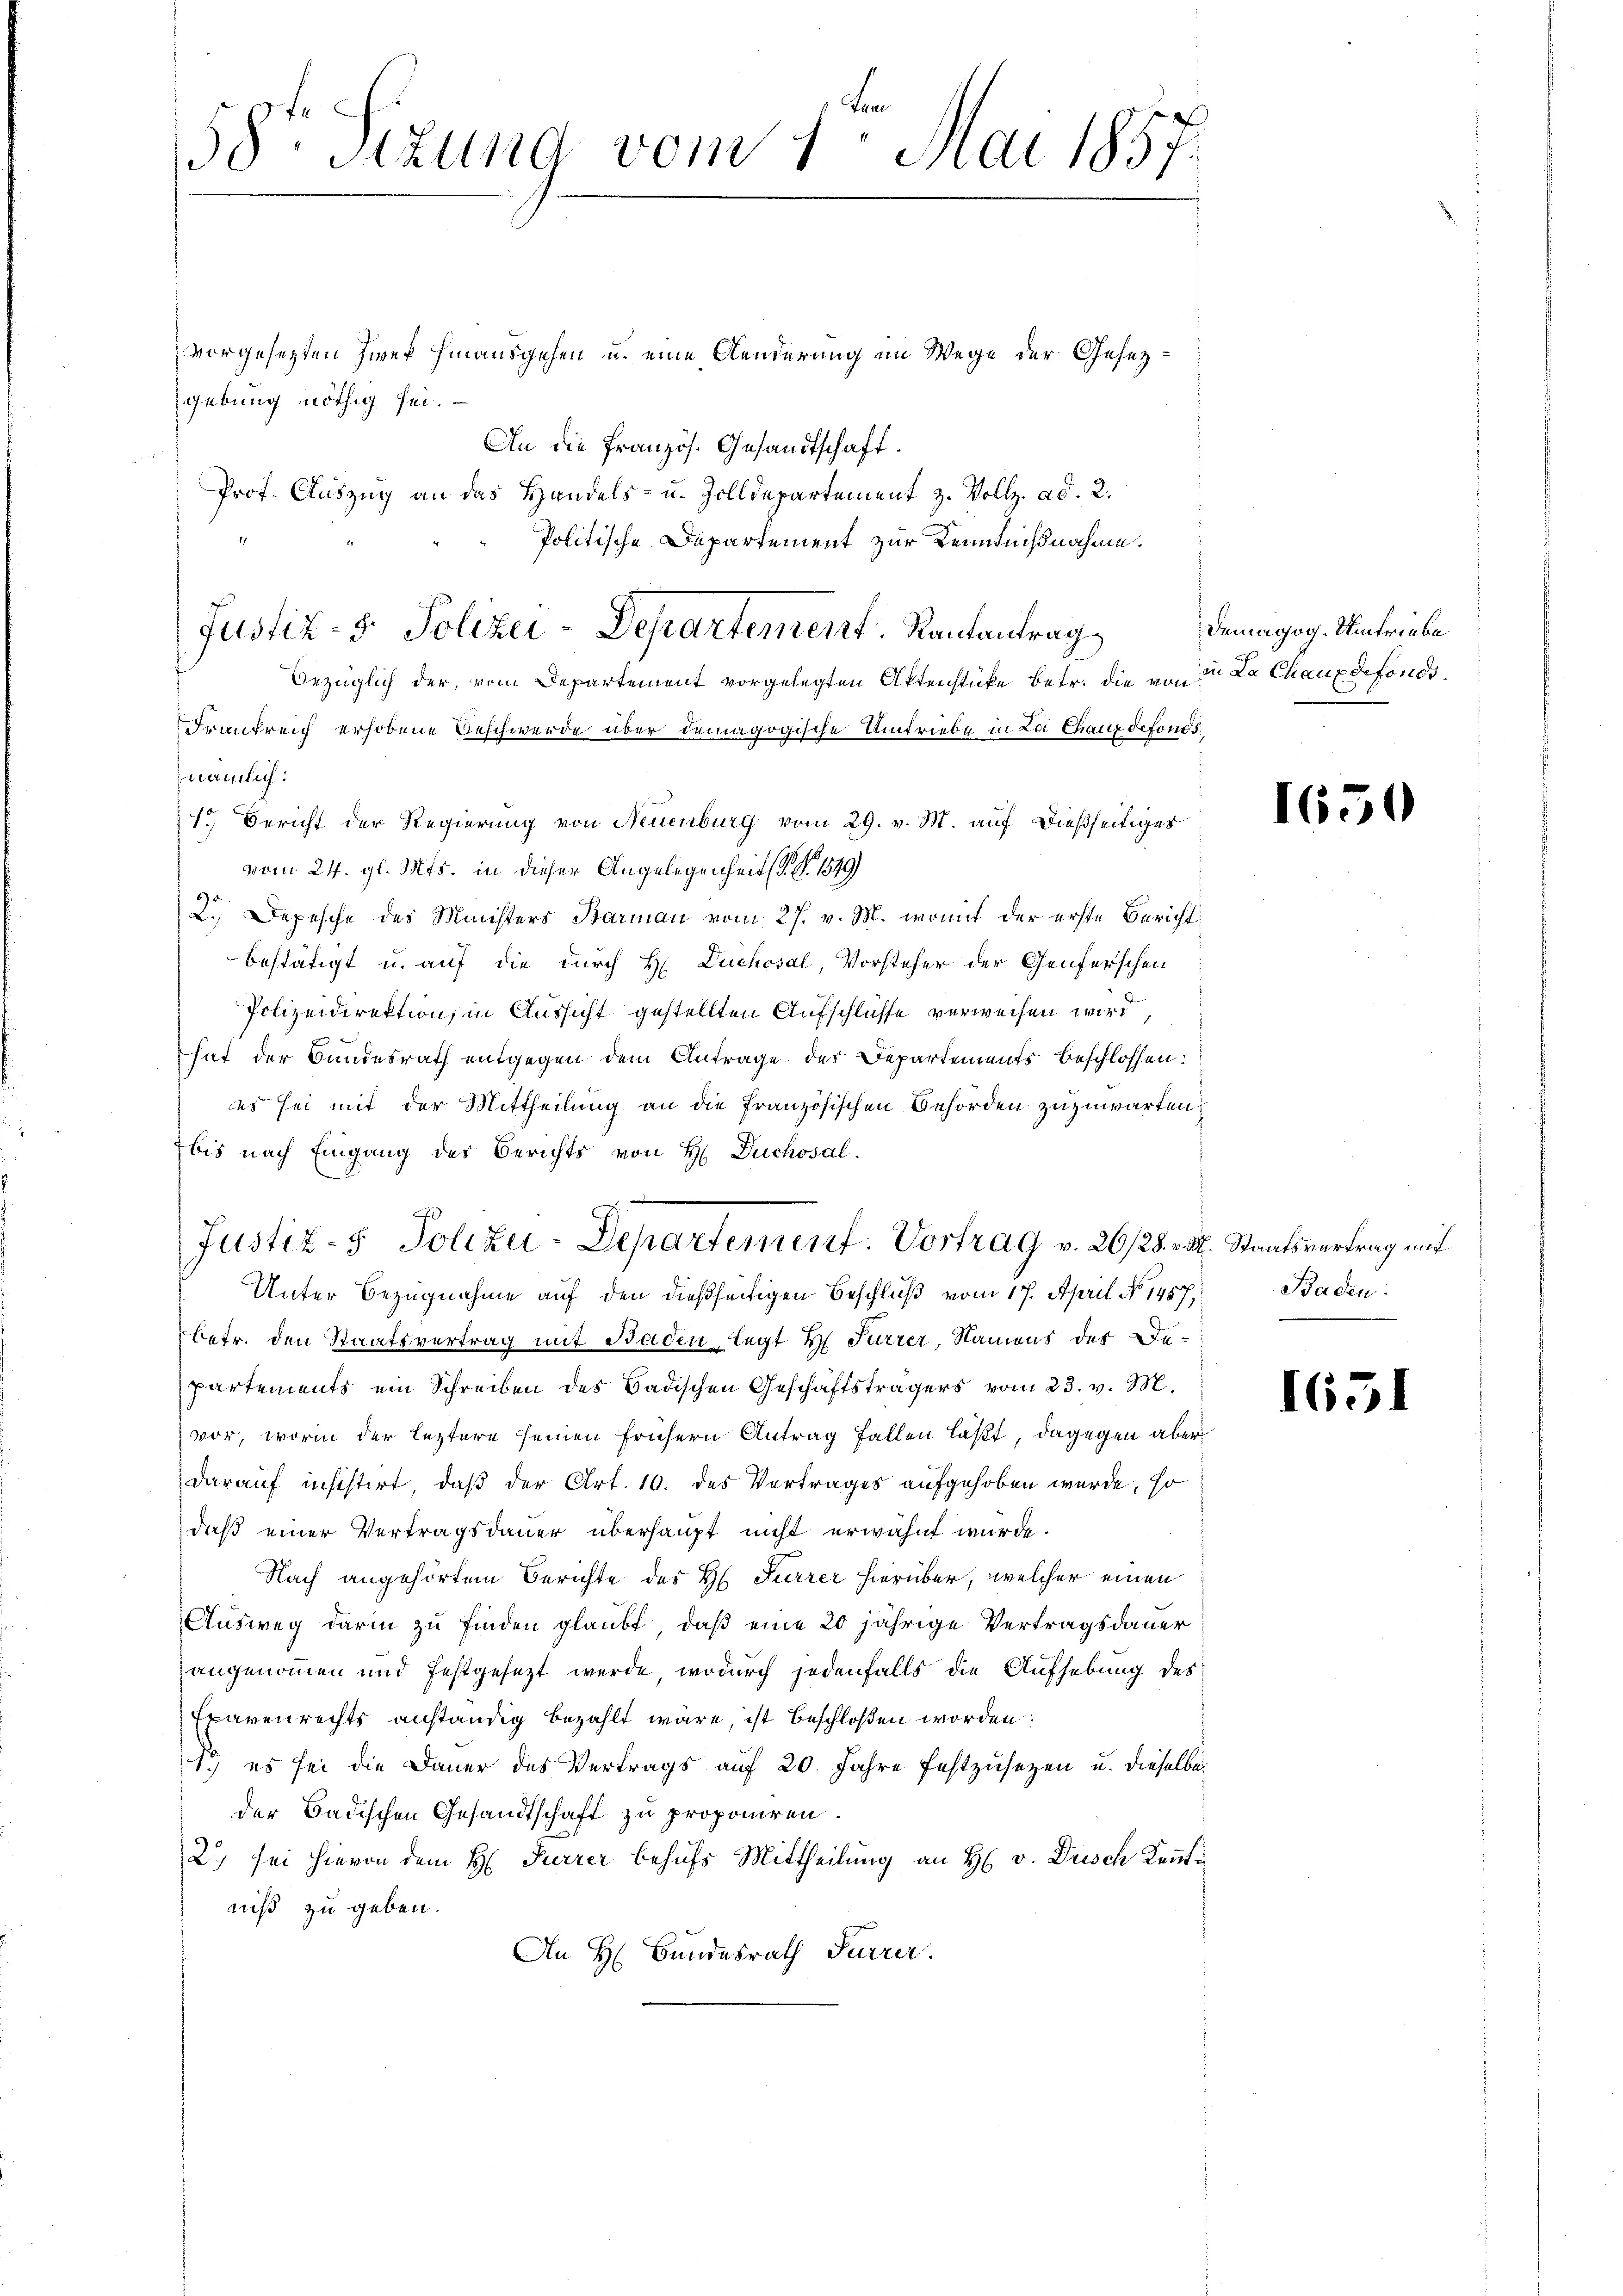
58te Sizung vom 1. Mai 1857.

vorgesetzten Zwek hinausgehen u. eine Aenderung im Wege der Gesezgebung nöthig sei.
An die Französ. Gesandtschaft.
Prof. Auszug an das Handels- u. Zolldepartement z. Vollz. ad. 2.
Politische Departement zur Kenntnißnahme.
Bezüglich der, vom Departement vorgelegten Aktenstücke betr. die von
Frankreich erhobene Beschwerde über demagogische Umtriebe in La Chauxdefonds,
nämlich:
1.) Bericht der Regierung von Neuenburg vom 29. v. M. auf dießseitiges
vom 24. gl. Mts. in dieser Angelegenheits. S. 1549
2.) Depesche des Ministers Barman vom 27. v. M. womit der erste Bericht
bestätigt u. auf die durch H. Duchosal, Vorsteher der Genferschen
Polizeidirektion, in Aussicht gestellten Aufschlüsse verweisen wird,
hat der Bundesrath entgegen dem Antrage des Departements beschlossen:
es sei mit der Mittheilung an die französischen Behörden zuzuwarten
bis nach Eingang des Berichts von H Duchosal
Justiz- & Polizei-Departement. Vortrag v. 26/28. v. M. Staatsvertrag mit
Unter Bezugnahme auf den dießseitigen Beschluß vom 17. April No 1457,
betr. den Staatsvertrag mit Baden, legt H. Furrer, Namens der Departements ein Schreiben des Badischen Geschäftsträgers vom 23. v. M.
vor, worin der leztere seinen frühern Antrag fallen läßt, dagegen aber
darauf insistirt, daß der Art. 10. des Vertrages aufgehoben wurde, so
daß einer Vertragsdauer überhaupt nicht erwähnt wurde.
Nach angehörtem Berichte des H. Furrer hierüber, welcher einen
Ausweg darin zu finden glaubt, daß eine 20 jährige Vertragsdauer
angenommen und festgesezt werde, wodurch jedenfalls die Aufhebung des
Fravenrechts anständig bezahlt wäre, ist beschloßen worden:
1o es sei die Dauer des Vertrags auf 20. Jahre festzusetzen u. dieselbeder Badischen Gesandtschaft zu proponiren.
2.) sei hievon dem H. Furrer behufs Mittheilung an H. v. Dusch Kennti
niß zu geben.
An H. Bundesrath Furrer.

Justiz- & Polizei-Departement. Rautantrag

Damagog. Umtriebe
in La Chauxdefonds.

1650

Baden.

1651